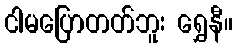
ငါမပြောတတ်ဘူး ရွှေနီ။